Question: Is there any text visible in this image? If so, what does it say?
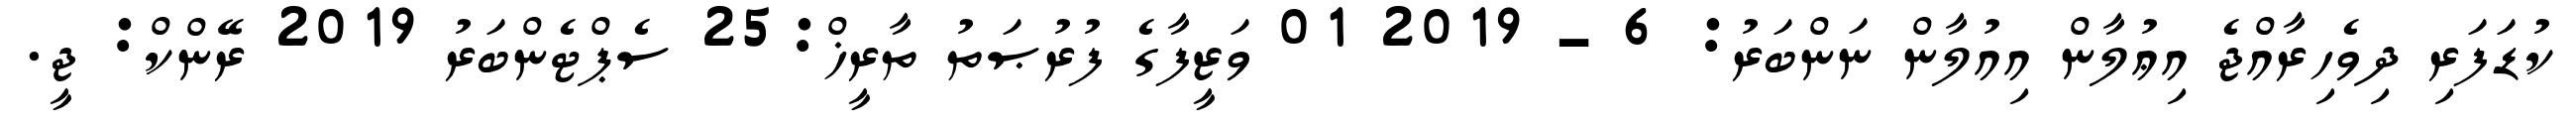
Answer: ކުޑަފަރި ދިވެހިރާއްޖެ އިޢުލާން އިއުލާން ނަންބަރު: 6 - 2019 01 ވަޒީފާގެ ފުރުޞަތު ތާރީޚް:25 ސެޕްޓެންބަރު 2019 ރޭންކް: ޖީ.